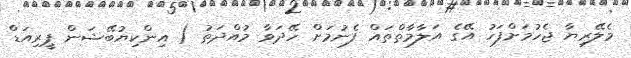
މެލޭރިޔާ ޖެހުމަށްފަހު އޭގެ އަލާމާތްތައް ފެނުމަށް ހޭދަވާ މުއްދަތު ( އިންކިޔުބޭޝަން ޕީރިއަޑް